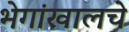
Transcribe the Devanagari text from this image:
भेगांखालचे